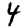
Digit: 4